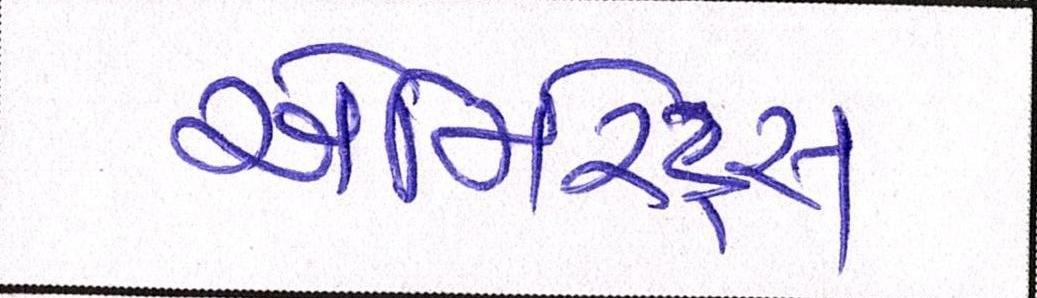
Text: એમિરેટ્સ